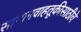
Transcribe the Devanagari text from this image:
सामानवाहतूकीसाठीचे